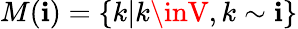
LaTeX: M(\mathbf{i})=\{ k|k\inV,k\sim\mathbf{i}\}